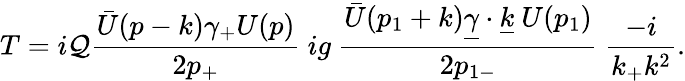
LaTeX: T=i\mathcal{Q}{\frac{{{\bar{{U}}}(p-k)\gamma_{+}U(p)}}{{2p_{+}}}}\ ig\ {\frac{{{\bar{{U}}}(p_{1}+k){\underline{{{\gamma}}}}\cdot{\underline{{{k}}}}\ U(p_{1})}}{{2p_{1-}}}}\ {\frac{{-i}}{{k_{+}k^{2}}}}.